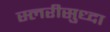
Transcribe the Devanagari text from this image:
स्लरीसुध्दा